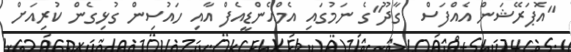
"އޮޕަރޭޝަން އެއްފަސް  ގާދޫ"ގެ ނަމުގައި އެމްއެންޑީއެފް އާއި ހައުސިން ގުޅިގެން ކުރިއަށް